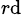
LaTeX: ^{r\mathrm{d}}